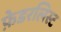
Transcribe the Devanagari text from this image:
फ़ेडरलिस्ट